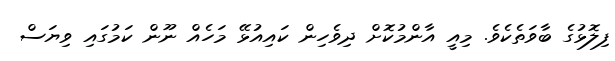
ފިލޮޅުގެ ބާވަތެކެވެ. މިއީ އާންމުކޮށް ދިވެހިން ކައިއުޅޭ މަހެއް ނޫން ކަމުގައި ވިޔަސް